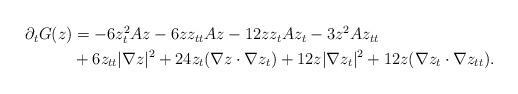
LaTeX: \begin{align*} \begin{aligned}\partial_{t} G(z)&= -6z_t^2Az-6zz_{tt}Az-12z z_t A z_t -3z^2 Az_{tt} \\&+ 6z_{tt} |\nabla z|^2+24z_t(\nabla z \cdot \nabla z_t) +12z|\nabla z_t|^2+12z(\nabla z_t \cdot \nabla z_{tt}).\end{aligned}\end{align*}